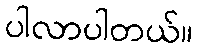
ပါလာပါတယ်။